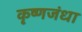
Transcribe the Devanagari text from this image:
कृष्णजंधा